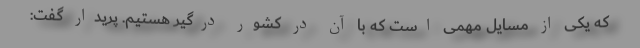
که یکی از مسایل مهمی است که با آن در کشور درگیر هستیم. پریدار گفت: